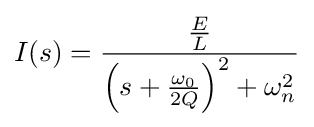
I(s)={\frac {\frac {E}{L}}{\left(s+{\frac {\omega _{0}}{2Q}}\right)^{2}+\omega _{n}^{2}}}